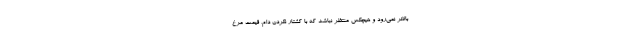
بالاتر نمی‌رود و هیچکس منتظر نباشد که با کشتار نکردن دام، قیمت مرغ